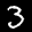
Label: 3